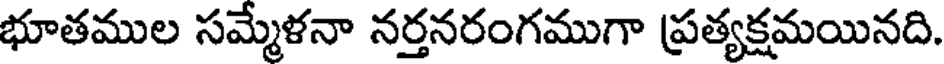
భూతముల సమ్మేళనా నర్తనరంగముగా ప్రత్యక్షమయినది.